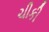
ચીકી